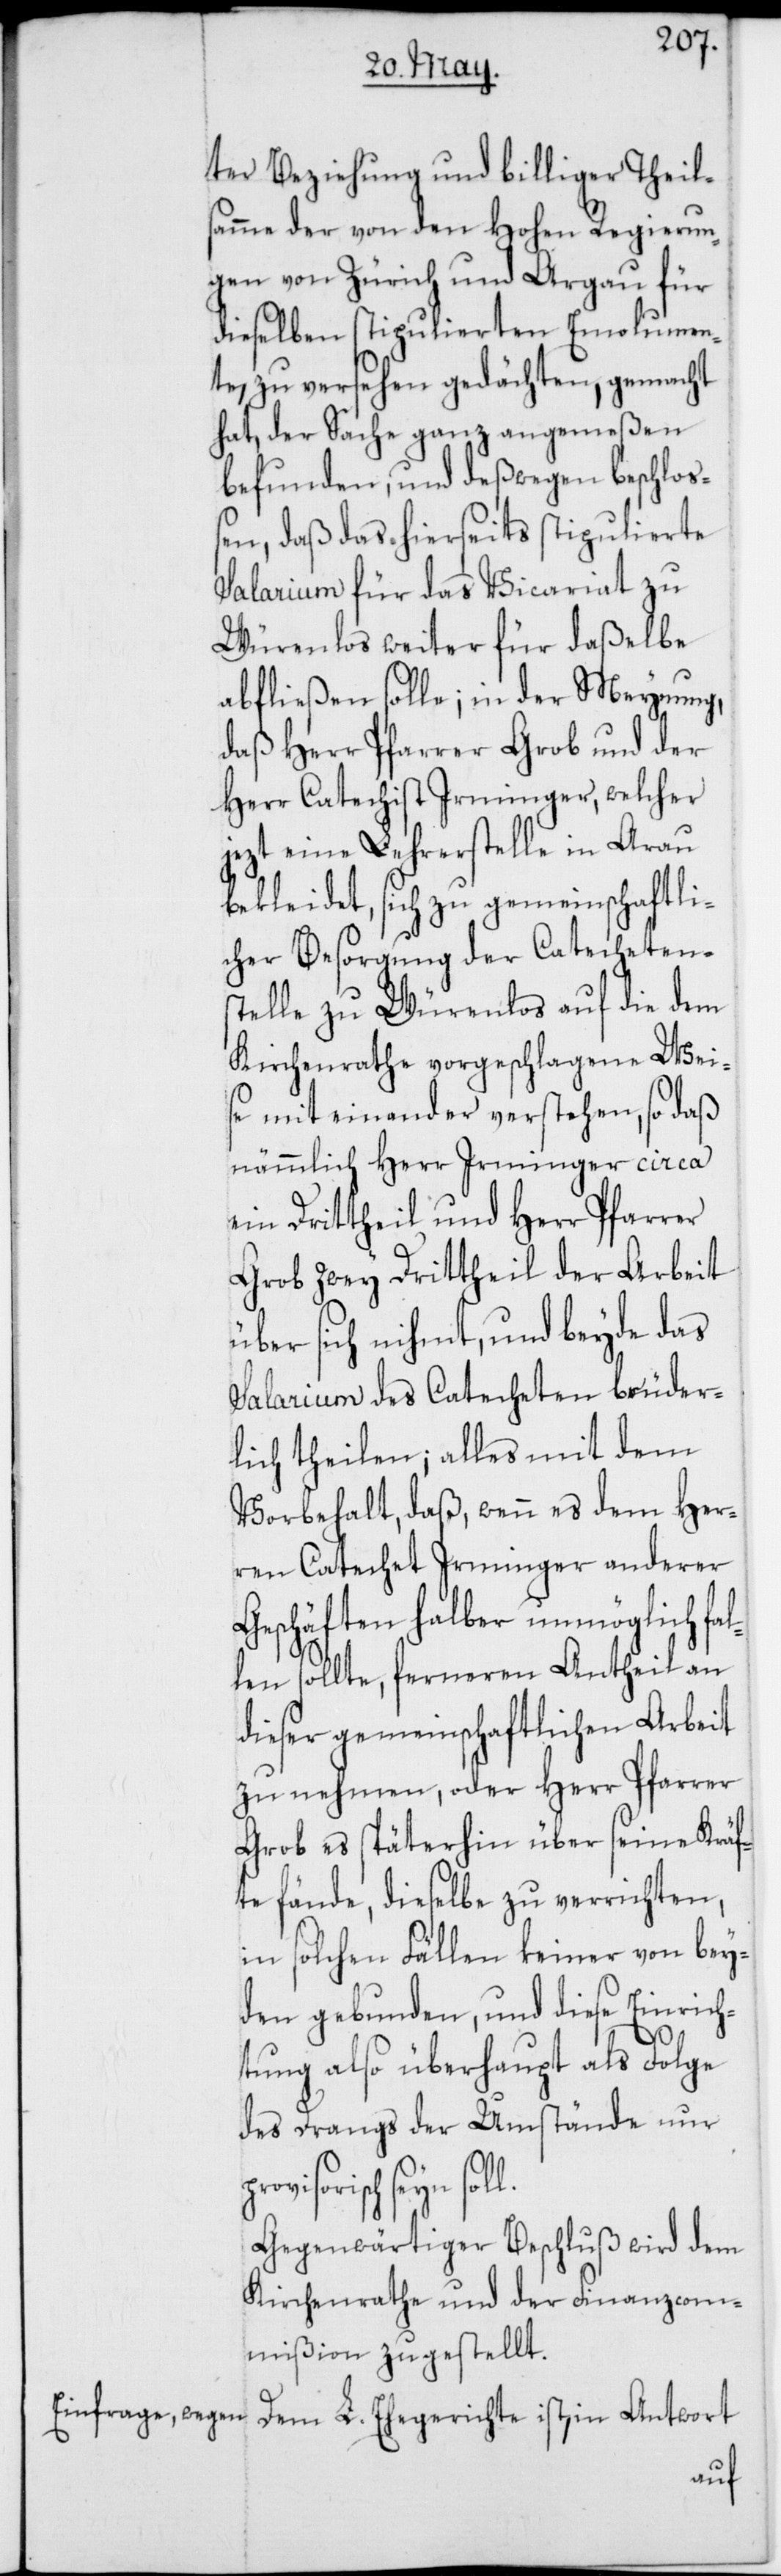
ter Beziehung und billiger Theil¬
samme der von der Hohen Regierun¬
gen von Zürich und Argau für
dieselben stipulierten Emolumen¬
te, zu versehen gedächten, gemacht
hat, der Sache ganz angemeßen
befunden, und deßwegen beschlo¬
ßen, daß das hierseits stipulierte
Salarium für das Vicariat zu
Würenlos weiter für daßelbe
abfließen solle; in der Meynung,
daß Herr Pfarrer Grob und der
Herr Catechist Irminger, welcher
jezt eine Lehrerstelle in Argau
bekleidet, sich zu gemeinschaftli¬
cher Besorgung der Catecheten¬
stelle zu Würenlos auf die dem
Kirchenrathe vorgeschlagene Wei¬
se miteinander verstehen, so daß
nämmlich Herr Irminger circa
ein Drittheil und Herr Pfarrer
Grob zwey Drittheil der Arbeit
über sich nihmt, und beyde das
Salarium des Catecheten brüder¬
lich theilen; alles mit dem
Vorbehalt, daß, wenn es dem Her¬
ren Catechet Irminger anderer
Geschäften halber unmöglich fal¬
len sollte, ferneren Antheil an
dieser gemeinschaftlichen Arbeit
zu nehmen, oder Herr Pfarrer
Grob es späterhin über seine Kräf¬
te fände, dieselbe zu verrichten,
in solchen Fällen keiner von bey¬
den gebunden, und diese Einrich¬
tung also überhaupt als Folge
des Drangs der Umstände nur
risch seyn soll.
Gegenwärtiger Beschluß wird dem
Kirchenrathe und der Finanzcom¬
mißion zugestellt.
Dem L. Ehegerichte ist, in Antwort